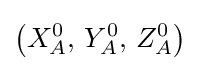
\left(X_{A}^{0},\,Y_{A}^{0},\,Z_{A}^{0}\right)